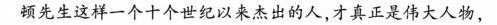
顿先生这样一个十个世纪以来杰出的人，才真正是伟大人物，